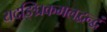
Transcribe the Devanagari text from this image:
यदङ्घ्रिकमलद्वन्द्वं